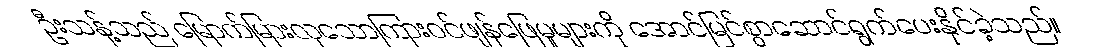
ဦးသန့်သည် မြောက်မြားလှသောကြားဝင်ဖျန်ဖြေမှုများကို အောင်မြင်စွာဆောင်ရွက်ပေးနိုင်ခဲ့သည်။